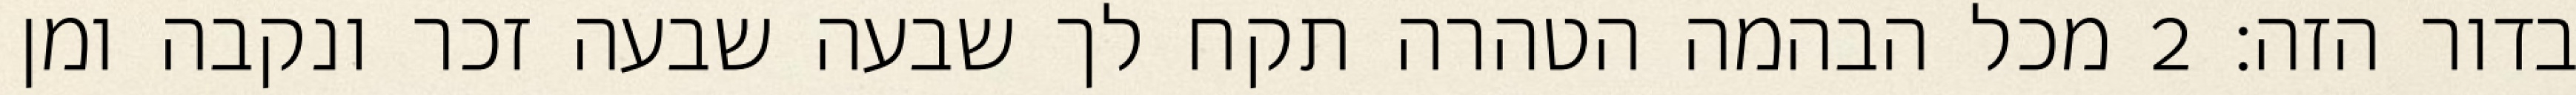
בדור הזה׃ ‎2‏ מכל הבהמה הטהרה תקח לך שבעה שבעה זכר ונקבה ומן